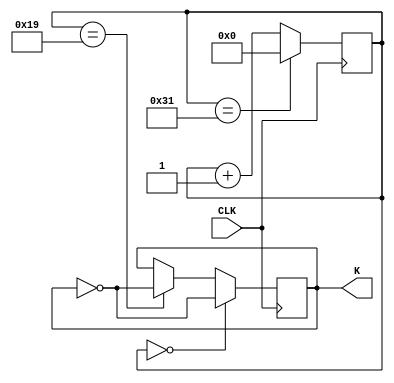
module FDIV ( CLK, K);	//
	input CLK ;
	output K ;
	reg[12:0] count ;	reg M1 ;
	parameter ratio=50 ;	//50
	
	always @(posedge CLK)
	begin
		if (count==ratio-1) 	count<=0 ;	else count<= count+1 ;
		if (count==0)	M1 <= ~M1;	else if (count==ratio/2)	M1 <= ~M1 ;
	end
	assign K=M1 ;
endmodule